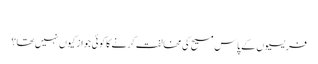
‏
فریسیوں کے پاس مسیح کی مخالفت کرنے کا کوئی جواز کیوں نہیں تھا؟